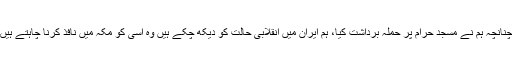
چنانچہ ہم نے مسجد حرام پر حملہ برداشت کیا، ہم ایران میں انقلابى حالت کو دیکھ چکے ہیں وه اسى کو مکہ میں نافذ کرنا چاہتے ہیں۔